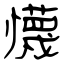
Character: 懱